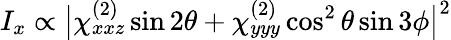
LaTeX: I_{x}\propto\big|\chi_{xxz}^{(2)}\sin 2\theta+\chi_{yyy}^{(2)}\cos^{2}\theta\sin 3\phi\big|^{2}